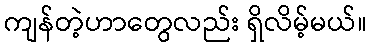
ကျန်တဲ့ဟာတွေလည်း ရှိလိမ့်မယ်။